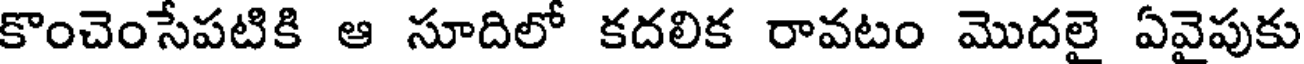
కొంచెంసేపటికి ఆ సూదిలో కదలిక రావటం మొదలై ఏవైపుకు